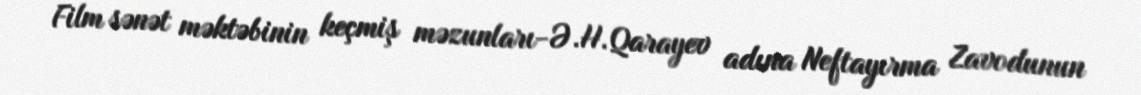
Film sənət məktəbinin keçmiş məzunları-Ə.H.Qarayev adına Neftayırma Zavodunun